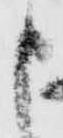
申